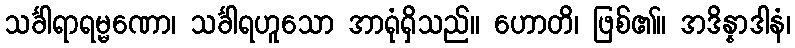
သင်္ခါရာရမ္မဏော၊ သင်္ခါရဟူသော အာရုံရှိသည်။ ဟောတိ၊ ဖြစ်၏။ အဒိန္နာဒါနံ၊